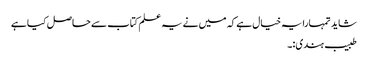
شاید تمہارا یہ خیال ہے کہ میں نے یہ علم کتاب سے حاصل کیا ہے
طبیب ہندی:۔